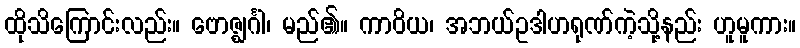
ထိုသိကြောင်းလည်း။ ဗောဇ္ဈင်္ဂါ၊ မည်၏။ ကာဝိယ၊ အဘယ်ဥဒါဟရုဏ်ကဲ့သို့နည်း ဟူမူကား။